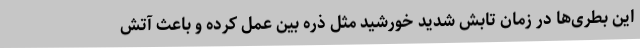
این بطری‌ها در زمان تابش شدید خورشید مثل ذره بین عمل کرده و باعث آتش